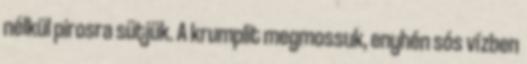
nélkül pirosra sütjük. A krumplit megmossuk, enyhén sós vízben